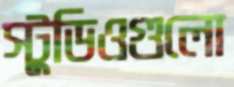
স্টুডিওগুলো